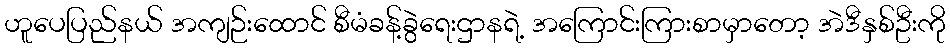
ဟူပေပြည်နယ် အကျဉ်းထောင် စီမံခန့်ခွဲရေးဌာနရဲ့ အကြောင်းကြားစာမှာတော့ အဲဒီနှစ်ဦးကို